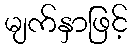
မျက်နှာဖြင့်